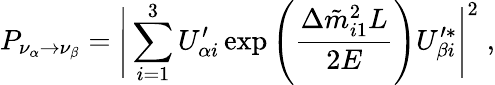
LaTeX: P_{\nu_{\alpha}\rightarrow\nu_{\beta}}=\Bigg|\sum_{i=1}^{3}U_{\alpha i}^{\prime}\exp\left(\frac{\Delta\tilde{m}_{i1}^{2}L}{2E}\right)U_{\beta i}^{\prime\ast}\Bigg|^{2}\; ,